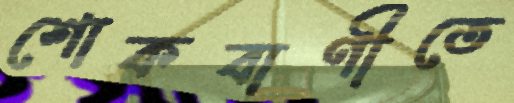
শোকবাণীতে